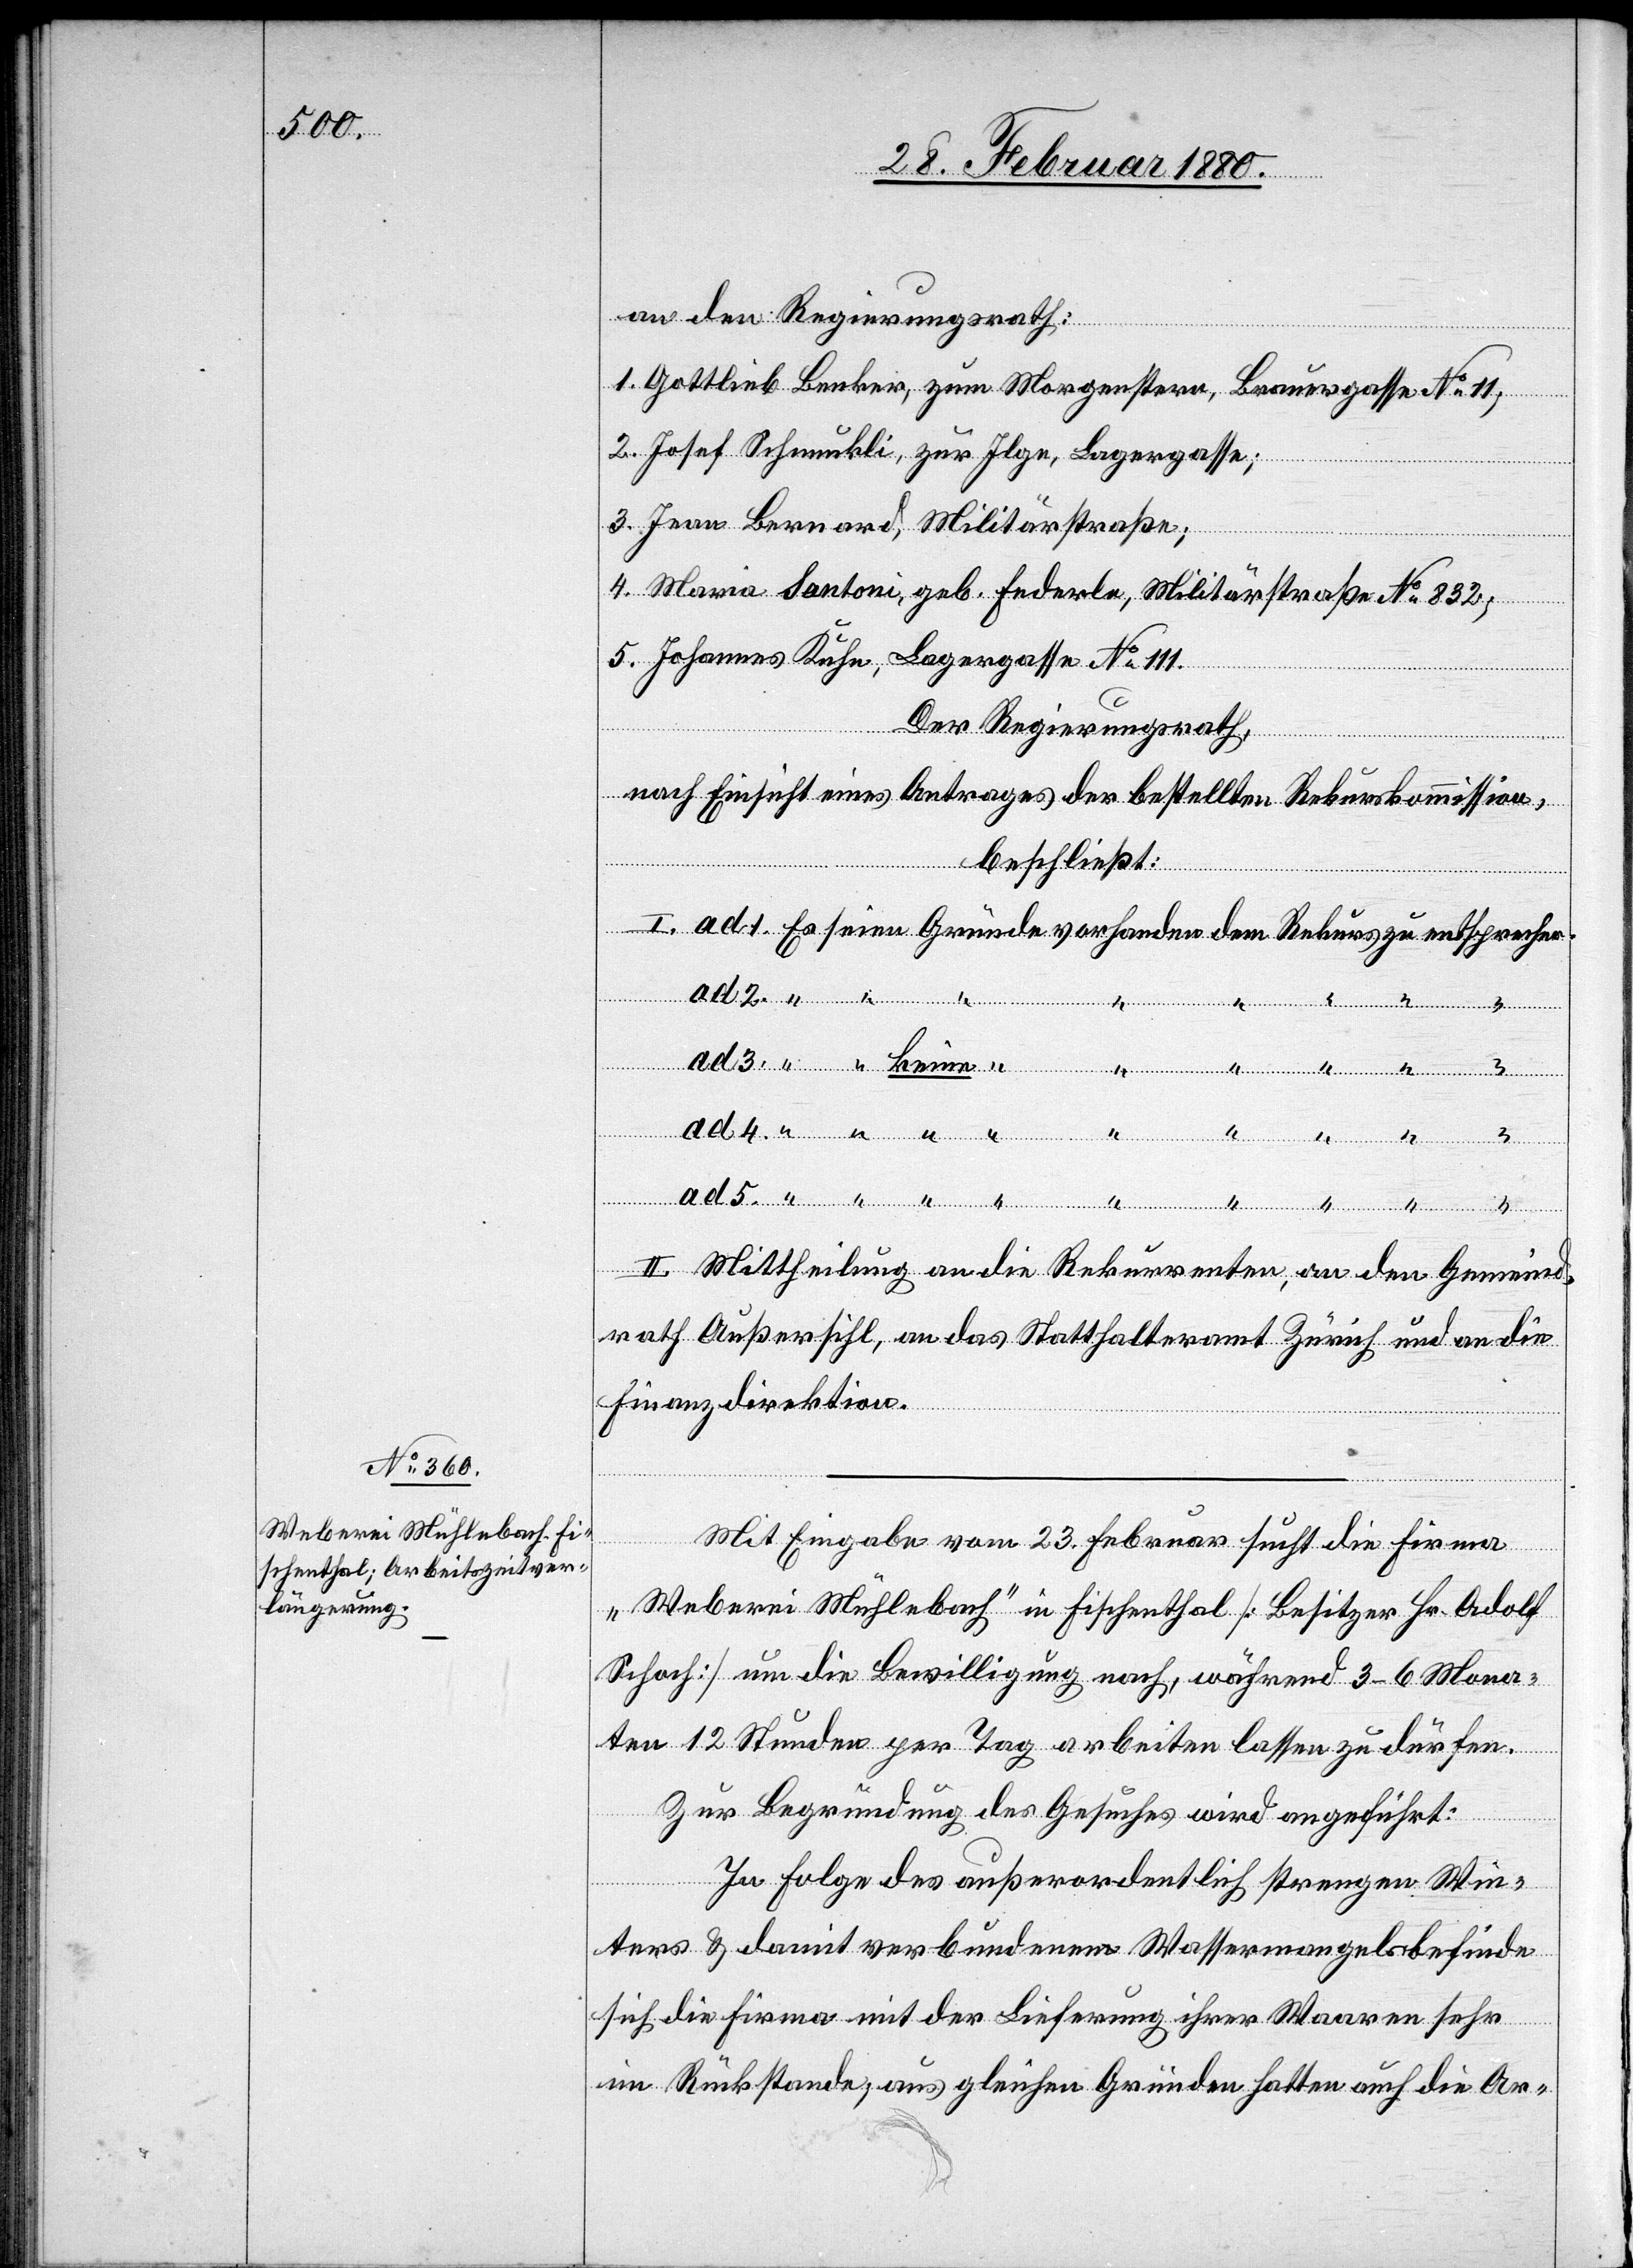
“…...

an den Regierungsrath:
1. Gottlieb Benker, zum Morgenstern, Brauergasse No 11,
2. Josef Schmuckli, zur Ilge, Lagergasse;
3. Jean Bernard, Militärstraße;
4. Maria Santoni, geb. Federle, Militärstraße No 832;
5. Johannes Kuhn, Lagergasse No 111.
“
ad
Der Regierungsrath,
nach Einsicht eines Antrages der bestellten Rekurskommission,
beschließt:
keine
4.
prechen.
II. Mittheilung an die Rekurrenten, an den Gemeind¬
rath Außersihl, an das Statthalteramt Zürich und an die
Finanzdirektion.
Mit Eingabe vom 23. Februar sucht die Firma
„Weberei Mühlebach“ in Fischenthal [Besitzer Hr. Adolf
Schoch] um die Bewilligung nach, während 3–6 Mona¬
ten 12 Stunden per Tag arbeiten lassen zu dürfen.
Zur Begründung des Gesuches wird angeführt:
In Folge des außerordentlich strengen Win¬
ters & damit verbundenen Wassermangels befinde
sich die Firma mit der Lieferung ihrer Waaren sehr
im Rückstande, aus gleichen Gründen hatten auch die Ar-
3.